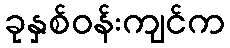
ခုနှစ်ဝန်းကျင်က